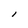
Character: l